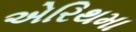
એરિથમા